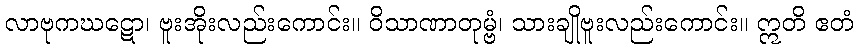
လာဗုကဃဋော၊ ဗူးအိုးလည်းကောင်း။ ဝိသာဏာတုမ္ဗံ၊ သားချိုဗူးလည်းကောင်း။ ဣတိ ဧတံ